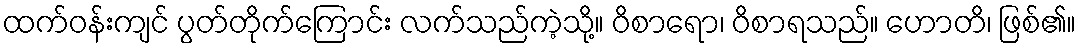
ထက်ဝန်းကျင် ပွတ်တိုက်ကြောင်း လက်သည်ကဲ့သို့။ ဝိစာရော၊ ဝိစာရသည်။ ဟောတိ၊ ဖြစ်၏။